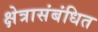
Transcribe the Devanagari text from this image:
क्षेत्रासंबंधित